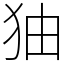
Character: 㹨